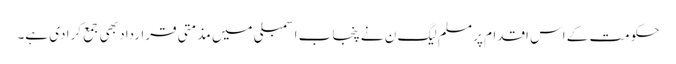
حکومت کے اس اقدام پر مسلم لیگ ن نے پنجاب اسمبلی میں مذمتی قرارداد بھی جمع کرا دی ہے۔